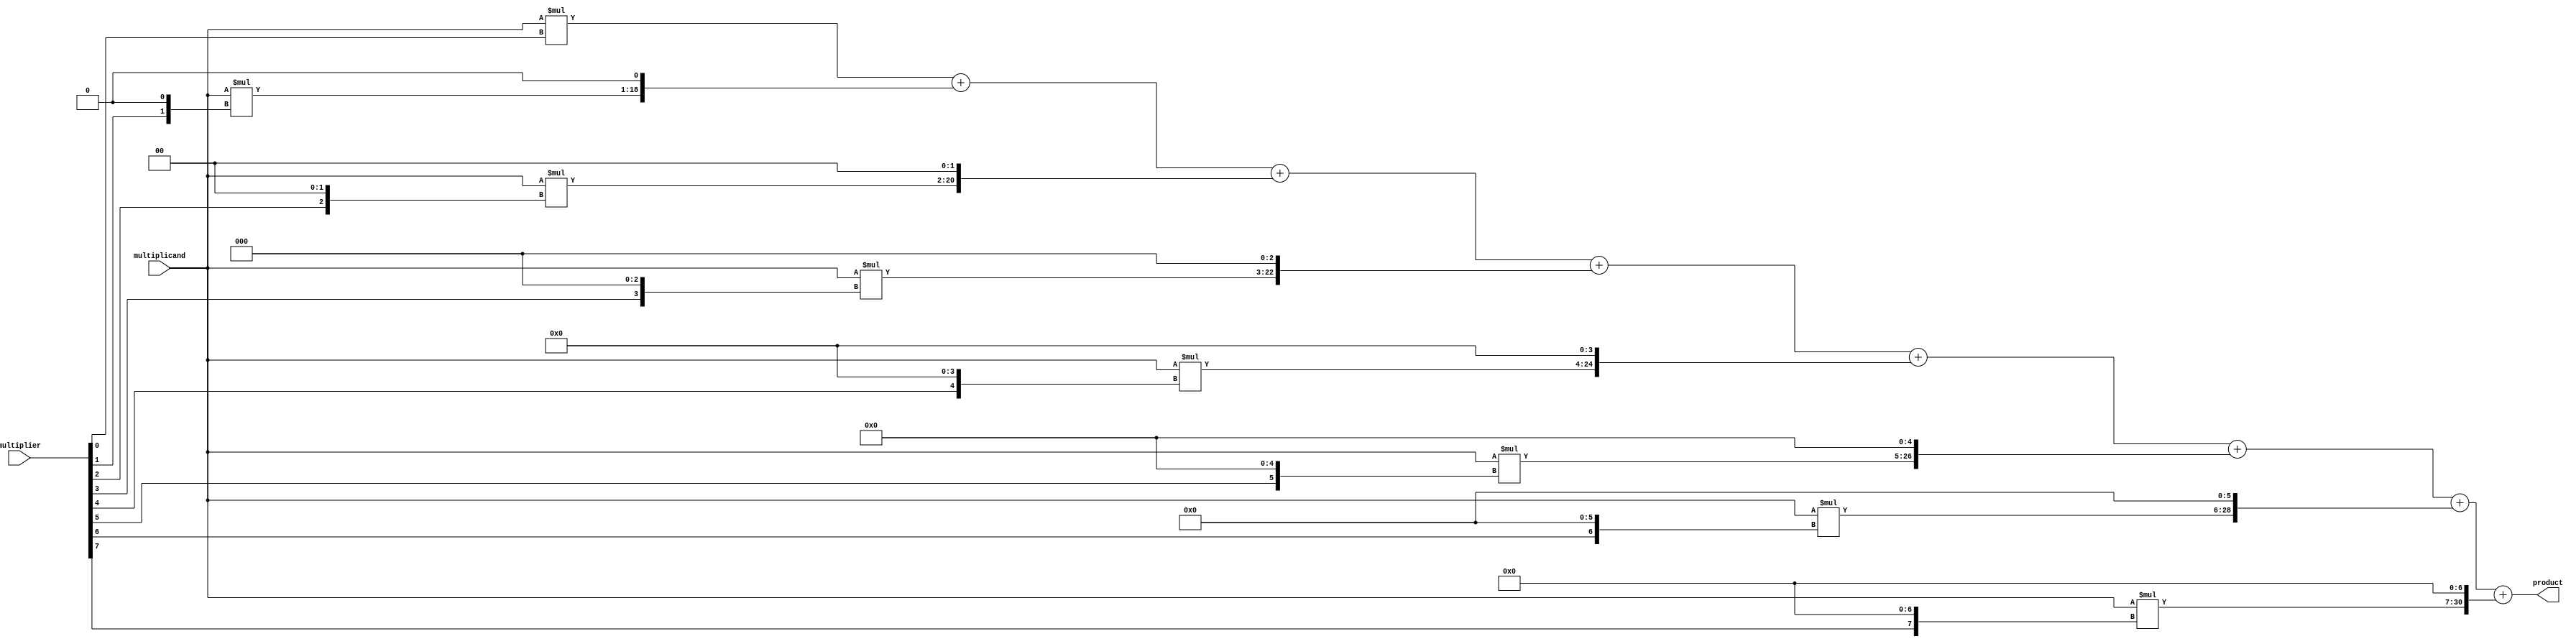
module ParallelBoothMultiplier (
    input [15:0] multiplicand,
    input [15:0] multiplier,
    output reg [31:0] product
);

reg [31:0] partial_products [7:0];

always @(*) begin
    partial_products[0] = multiplicand * (multiplier[0] & 1);
    partial_products[1] = multiplicand * ((multiplier[1] & 1) << 1);
    partial_products[2] = multiplicand * ((multiplier[2] & 1) << 2);
    partial_products[3] = multiplicand * ((multiplier[3] & 1) << 3);
    partial_products[4] = multiplicand * ((multiplier[4] & 1) << 4);
    partial_products[5] = multiplicand * ((multiplier[5] & 1) << 5);
    partial_products[6] = multiplicand * ((multiplier[6] & 1) << 6);
    partial_products[7] = multiplicand * ((multiplier[7] & 1) << 7);
end

always @(*) begin
    product = partial_products[0] + (partial_products[1] << 1) + (partial_products[2] << 2) + 
              (partial_products[3] << 3) + (partial_products[4] << 4) + (partial_products[5] << 5) + 
              (partial_products[6] << 6) + (partial_products[7] << 7);
end

endmodule